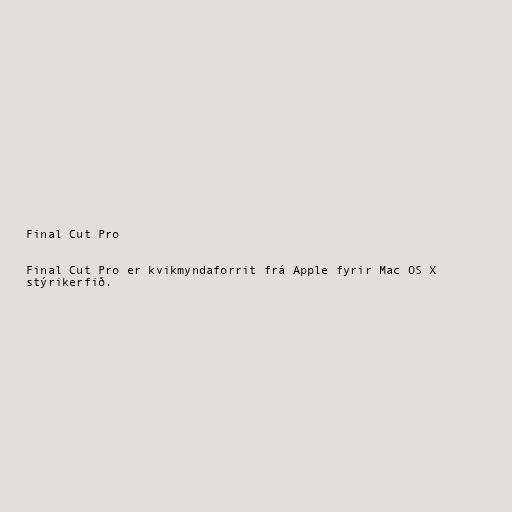
Final Cut Pro

Final Cut Pro er kvikmyndaforrit frá Apple fyrir Mac OS X
stýrikerfið.